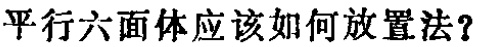
平行六面体应该如何放置法？